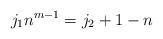
LaTeX: \begin{align*}j_1n^{m-1}=j_2+1-n\end{align*}